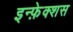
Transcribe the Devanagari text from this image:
इन्फ़ेक्शस